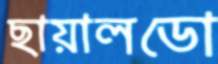
ছায়ালডো